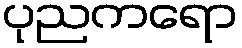
ပုညကရော